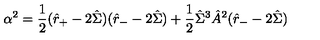
\alpha ^ { 2 } = \frac { 1 } { 2 } ( \hat { r } _ { + } - 2 \hat { \Sigma } ) ( \hat { r } _ { - } - 2 \hat { \Sigma } ) + \frac { 1 } { 2 } \hat { \Sigma } ^ { 3 } \hat { A } ^ { 2 } ( \hat { r } _ { - } - 2 \hat { \Sigma } )